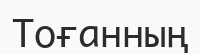
Тоғанның